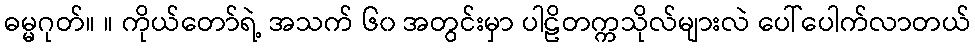
ဓမ္မဂုတ်။ ။ ကိုယ်တော်ရဲ့ အသက် ၆၀ အတွင်းမှာ ပါဠိတက္ကသိုလ်များလဲ ပေါ်ပေါက်လာတယ်